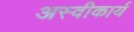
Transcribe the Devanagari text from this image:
अस्‍वीकार्य